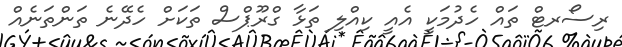
ރިސޯރޓް ތައް ހެދުމަކީ އެއީ ކިއްލި ތަޅާ ގްރޫޕްސް ތަކަަށް ހެދޭނެ ތަންތަނެއް